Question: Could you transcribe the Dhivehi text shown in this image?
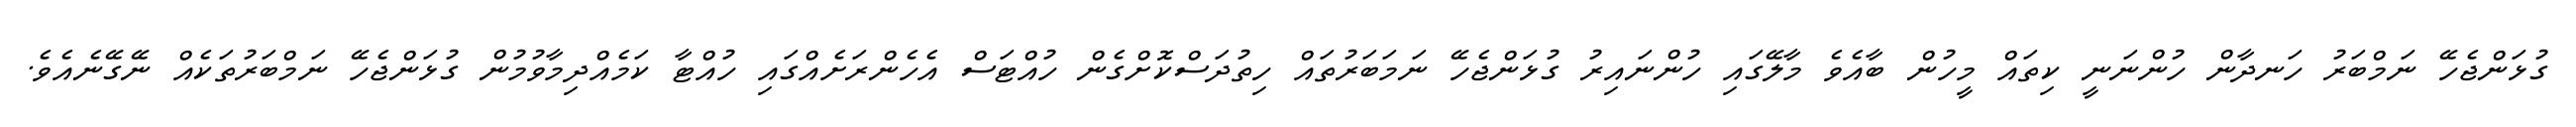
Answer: ގުޅަންޖެހޭ ނަމްބަރު ހަނދާން ހުންނަނީ ކިތައް މީހުން ބާއެވެ މާލޭގައި ހުންނައިރު ގުޅަންޖެހޭ ނަމަބަރުތައް ހިތުދަސްކޮށްގެން ހުއްޓަސް އެހެންރަށެއްގައި ހުއްޓާ ކަމެއްދިމާވުމުން ގުޅަންޖެހޭ ނަމްބަރުތަކެއް ނޭގޭނެއެވެ.